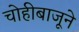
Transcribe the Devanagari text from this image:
चोहीबाजूने